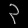
Digit: ၃